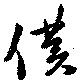
僕